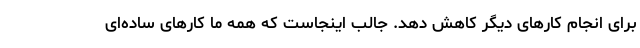
برای انجام کارهای دیگر کاهش دهد. جالب اینجاست که همه ما کارهای ساده‌ای